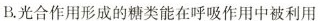
B.光合作用形成的糖类能在呼吸作用中被利用